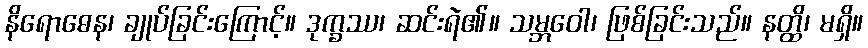
နိရောဓေန၊ ချုပ်ခြင်းကြောင့်။ ဒုက္ခဿ၊ ဆင်းရဲ၏။ သမ္ဘဝေါ၊ ဖြစ်ခြင်းသည်။ နတ္ထိ၊ မရှိ။